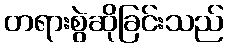
တရားစွဲဆိုခြင်းသည်